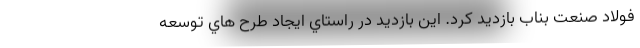
فولاد صنعت بناب بازديد كرد. این بازدید در راستاي ايجاد طرح هاي توسعه